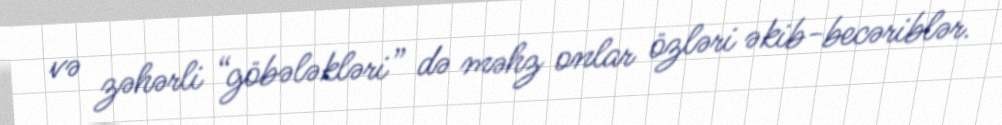
və zəhərli “göbələkləri” də məhz onlar özləri əkib-becəriblər.